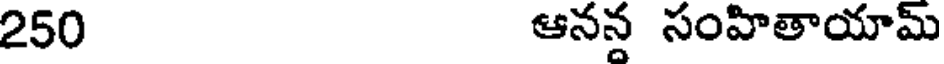
250 ఆనన సంహితాయామ్